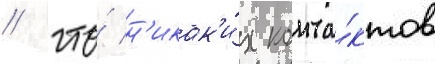
/ что́ н'икак'и́х конта́ктов